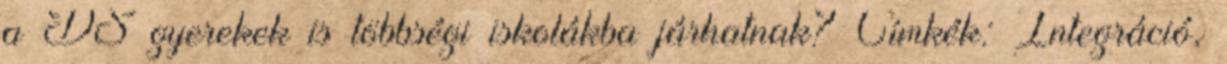
a DS gyerekek is többségi iskolákba járhatnak? Címkék: Integráció,